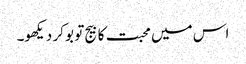
اس میں محبت کا بیج تو بو کر دیکھو۔